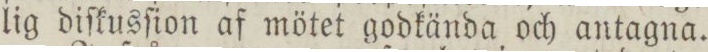
lig diſkusſion af mötet godkända och antagna.